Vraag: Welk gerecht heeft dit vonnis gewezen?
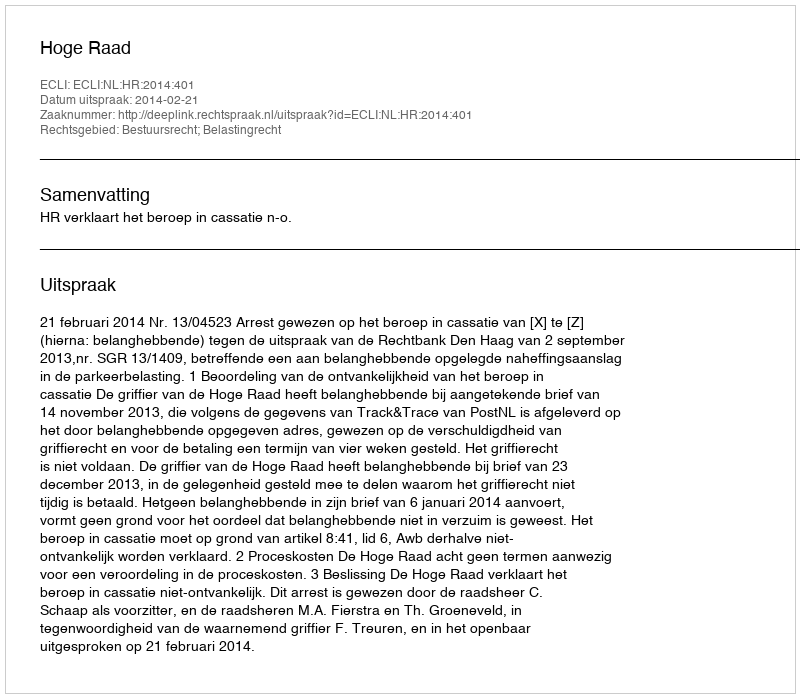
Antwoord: Hoge Raad